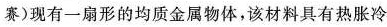
赛)现有一扇形的均质金属物体，该材料具有热胀冷